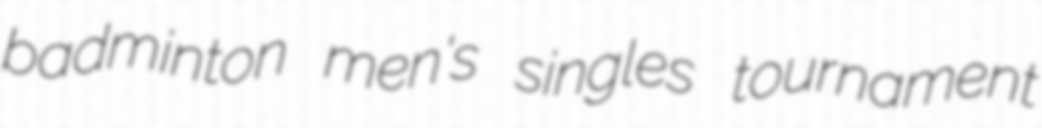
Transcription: badminton men's singles tournament